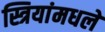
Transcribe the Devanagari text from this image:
स्त्रियांमधले